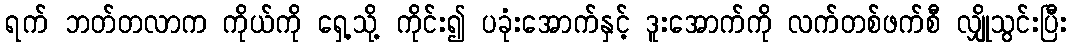
ရက် ဘတ်တလာက ကိုယ်ကို ရှေ့သို့ ကိုင်း၍ ပခုံးအောက်နှင့် ဒူးအောက်ကို လက်တစ်ဖက်စီ လျှိုသွင်းပြီး